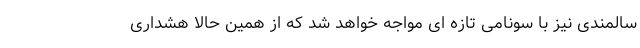
سالمندی نیز با سونامی تازه ای مواجه خواهد شد که از همین حالا هشداری